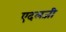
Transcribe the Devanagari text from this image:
एदलजी